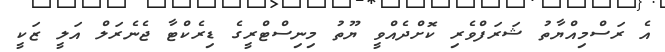
އެ ރަސްމިއްޔާތު ޝަރަފްވެރި ކޮށްދެއްވީ ޔޫތު މިނިސްޓްރީގެ ޑިރެކްޓާ ޖެނެރަލް އަލީ ޒަކީ